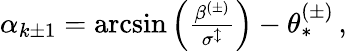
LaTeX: \begin{array}{r}{\alpha_{k\pm 1}=\arcsin\left(\frac{\beta^{(\pm)}}{\sigma^{\updownarrow}}\right)-\theta_{*}^{(\pm)}\, ,}\end{array}